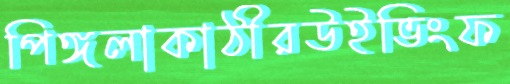
পিঙ্গলাকাঠীরউইভিংফ